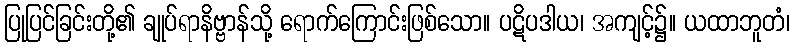
ပြုပြင်ခြင်းတို့၏ ချုပ်ရာနိဗ္ဗာန်သို့ ရောက်ကြောင်းဖြစ်သော။ ပဋိပဒါယ၊ အကျင့်၌။ ယထာဘူတံ၊